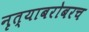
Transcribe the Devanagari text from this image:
नृत्याबरोबरच